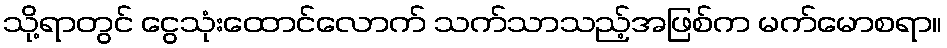
သို့ရာတွင် ငွေသုံးထောင်လောက် သက်သာသည့်အဖြစ်က မက်မောစရာ။